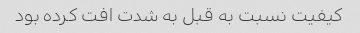
کیفیت نسبت به قبل به شدت افت کرده بود